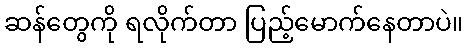
ဆန်တွေကို ရလိုက်တာ ပြည့်မောက်နေတာပဲ။